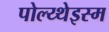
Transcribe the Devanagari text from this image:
पोल्य्थेइस्म